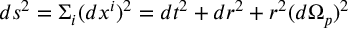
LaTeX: d s ^ { 2 } = { \Sigma } _ { i } ( d x ^ { i } ) ^ { 2 } = d t ^ { 2 } + d r ^ { 2 } + r ^ { 2 } ( d { \Omega } _ { p } ) ^ { 2 }